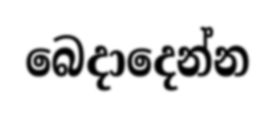
බෙදාදෙන්න